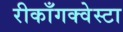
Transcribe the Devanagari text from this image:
रीकाँगक्वेस्टा